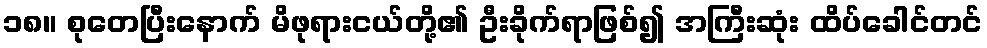
၁၈။ စုတေပြီးနောက် မိဖုရားငယ်တို့၏ ဦးခိုက်ရာဖြစ်၍ အကြီးဆုံး ထိပ်ခေါင်တင်